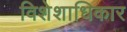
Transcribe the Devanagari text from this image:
विशेशाधिकार